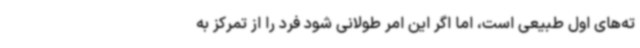
ته‌های اول طبیعی است، اما اگر این امر طولانی شود فرد را از تمرکز به